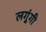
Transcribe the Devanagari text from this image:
लगूंगी